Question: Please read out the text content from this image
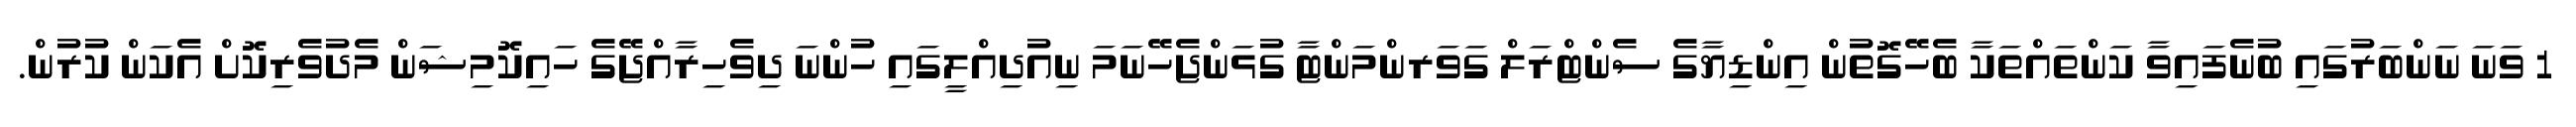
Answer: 1 ވަނަ ނަންބަރުގައި ބުނެފައިވާ ކަންތައްތަކާ ބެހޭގޮތުން އިންޑިޔާގެ ސެންޓްރަލް ގަވަރންމަންޓާ ގުޅަންޖެހޭނަމަ ނިއުދިއްލީގައި ހުންނަ ދިވެހިރާއްޖޭގެ ހައިކޮމިޝަން މެދުވެރިކޮށް އެކަން ކުރުން.